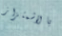
بالاشمئزاز